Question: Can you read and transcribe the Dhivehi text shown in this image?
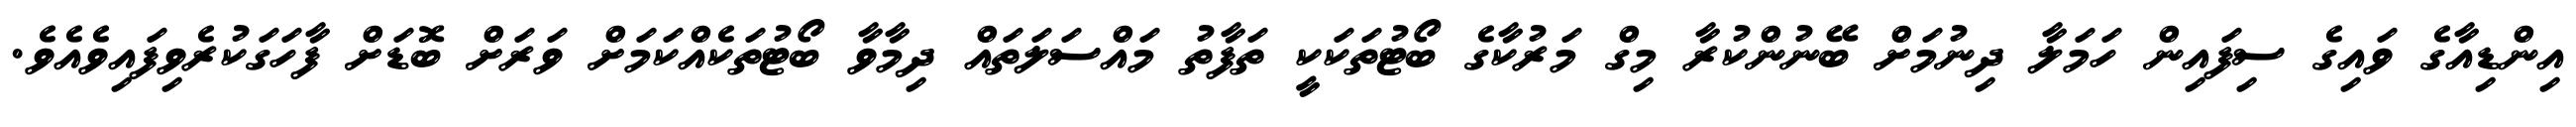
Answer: އިންޑިއާގެ ވައިގެ ސިފައިން ހަމަލާ ދިނުމަށް ބޭނުންކުރާ މިގް މަރުކާގެ ބޯޓުތަކަކީ ތަފާތު މައްސަލަތައް ދިމާވާ ބޯޓުތަކެއްކަމަށް ވަރަށް ބޮޑަށް ފާހަގަކުރެވިފައިވެއެވެ.